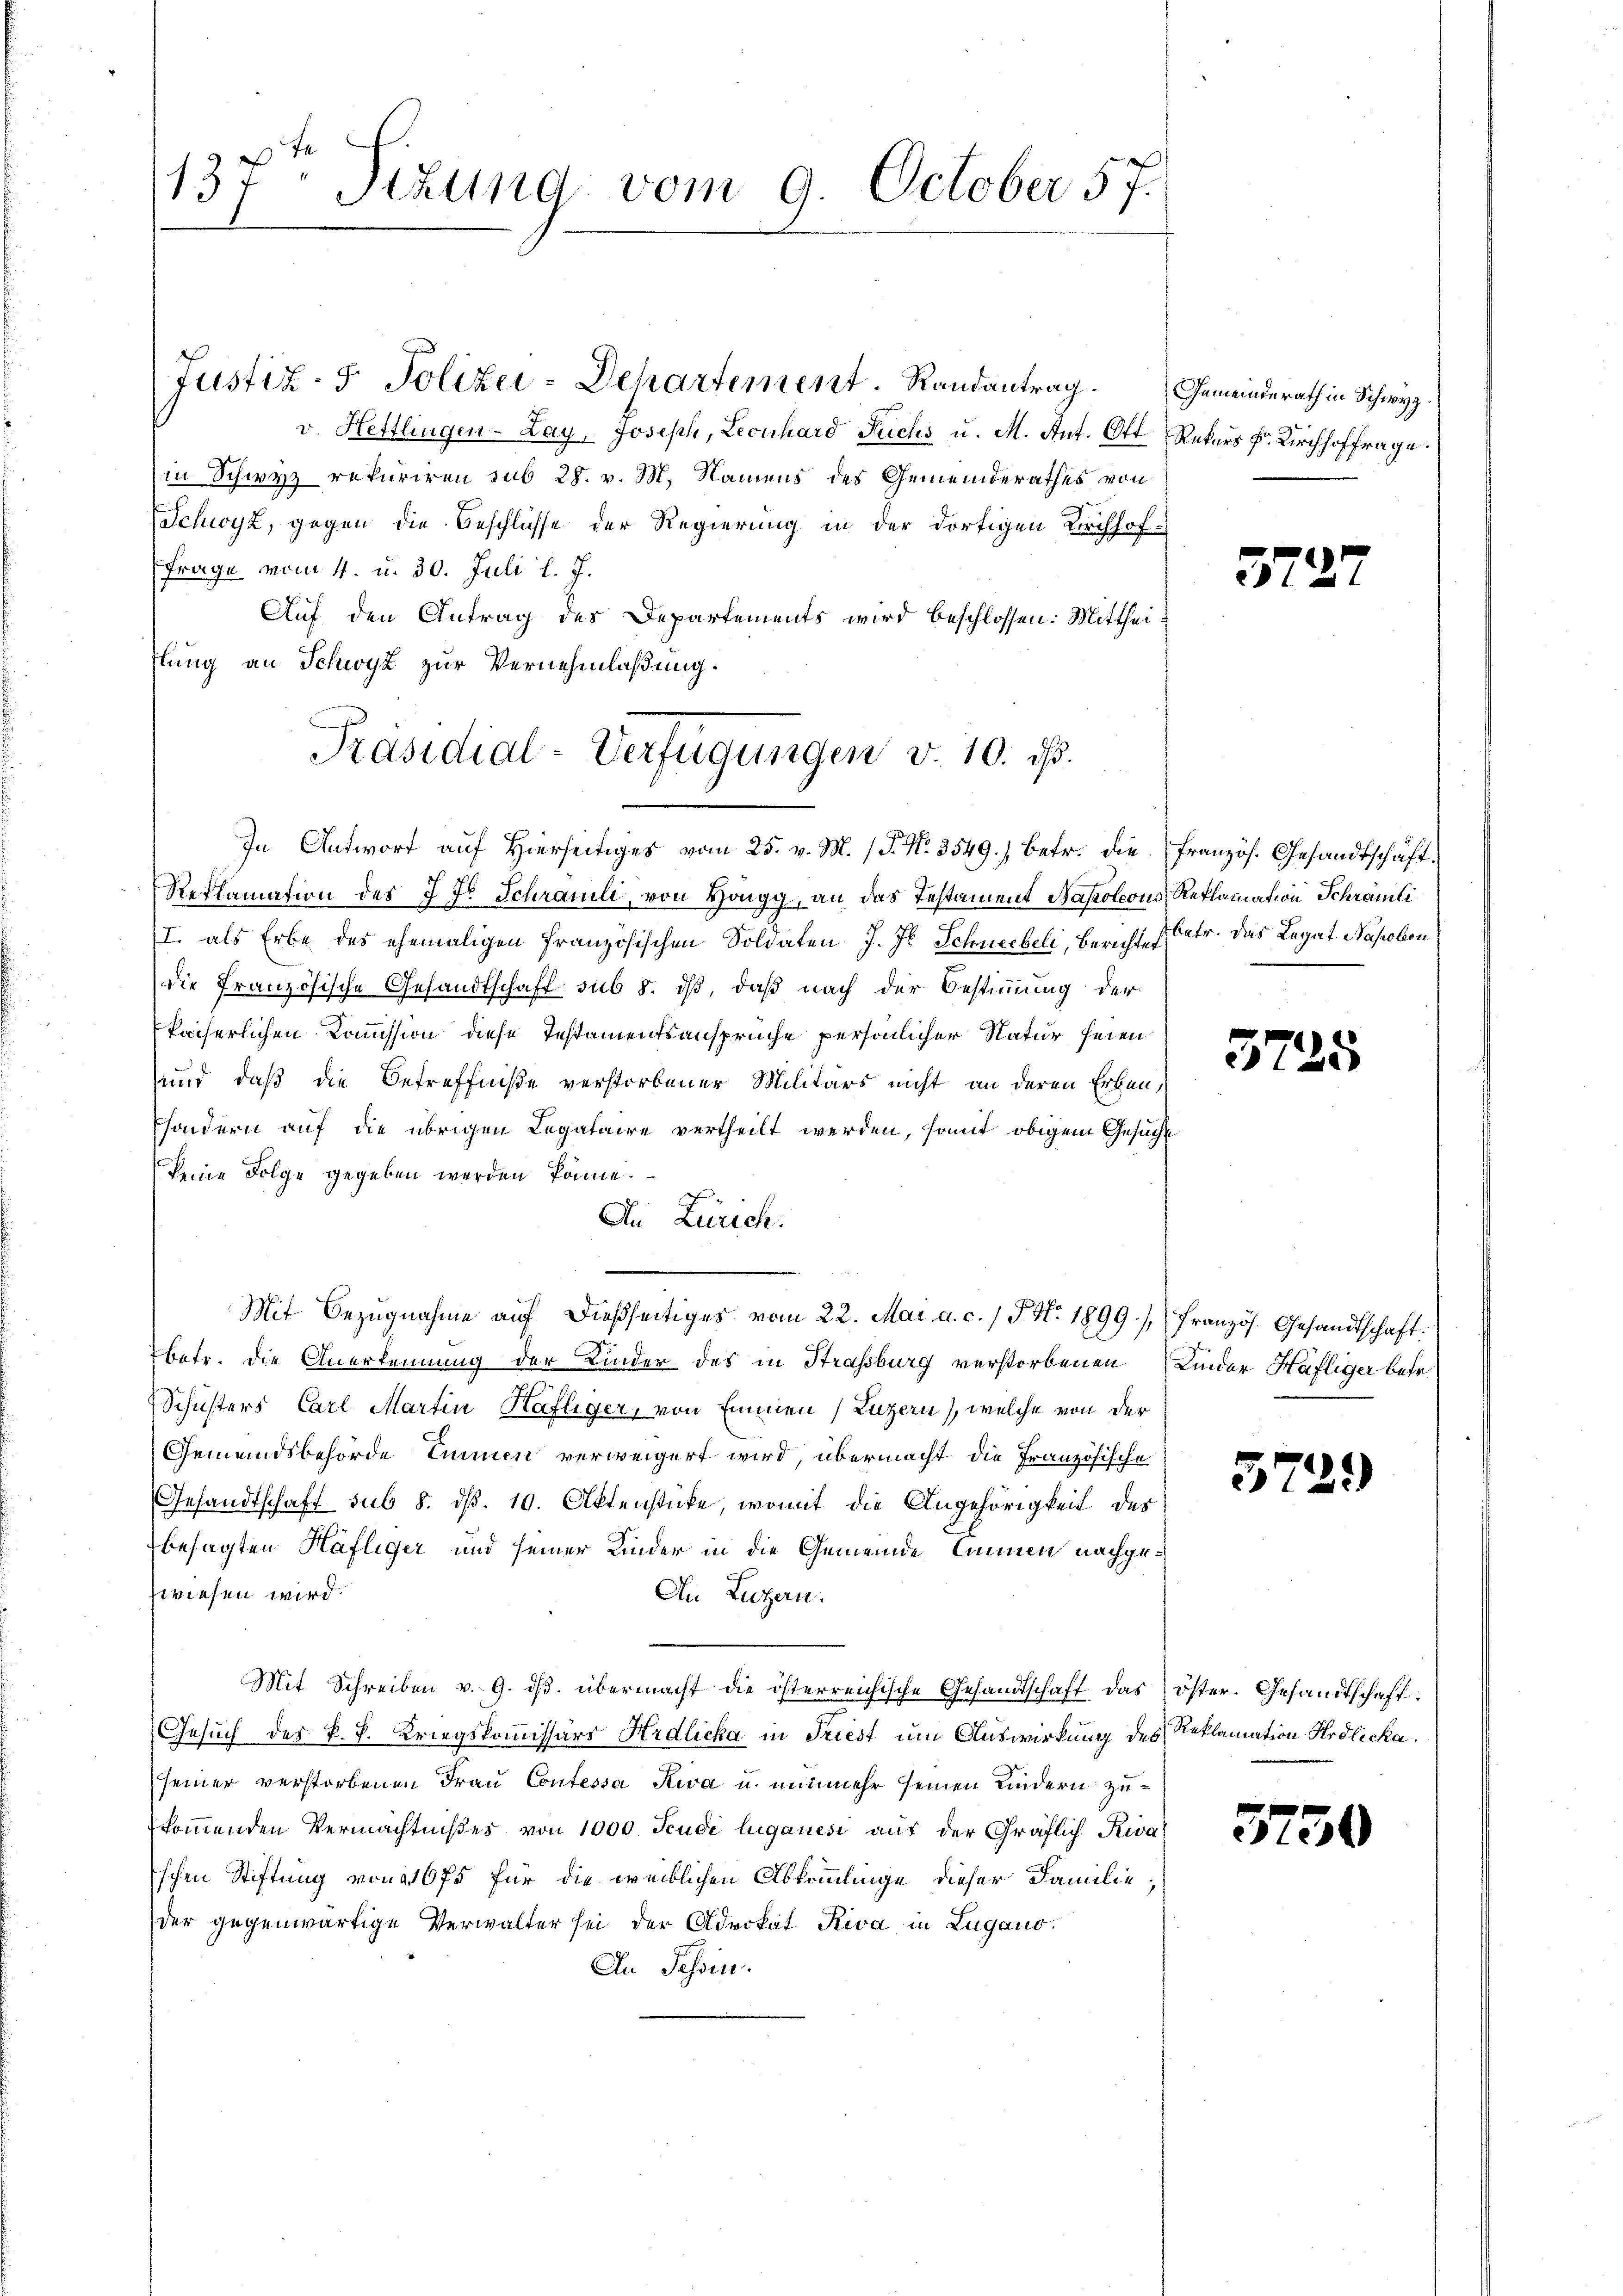
se
137 Sizung vom 9. October 57.

Justiz- & Polizei-Dehartement. Randantrag Gemeinderath in Schwyz.
v. Hettlingen-Lay, Joseph, Leonhard Fuchs u. M. Ant. Ott. Rekurs Fr. Kirchhoffrage.
in Schwyz rekuriren sub 28. v. M. Namens des Gemeinderathes von
Schwyz, gegen die Beschlüsse der Regierung in der dortigen Kirchhof¬
Frage vom 4. u. 30. Juli l. J.
Auf den Antrag des Departements wird beschlossen: Mittheiftung an Schwyz zur Vernehmlaßung.
In Antwort auf hierseitiges vom 25. v. M. P. Nr. 3549.) Betr. die französ. Gesandtschäft.
Reklamation des 7ten Schramili, von Höngg, an das Testament Napoleons, Reklamation Schrämli
(I. als Erbe des ehemaligen Französischen Soldaten J. J. Schneebeli, Bericht Petr. Das Legat Nahobon
die französische Gesandtschaft sub 8. dß, daß nach der Bestimmung der
kaiserlichen Kommission diese Testamentsansprüche persönlicher Natur seien
und, daß die Betreffniße verstorbener Militärs nicht an deren Erben,
sondern auf die übrigen Legataire vertheilt werden, somit obigem Gesucht
keine Folge gegeben werden könne.
In Zürich.
Mit Bezugnahme aŭf dießseitiges vom 22. Mai a. c. / 5. No. 1899.) Französ. Gesandtschaft:
betr. die Anerkennung der Kinder des in Strassburg verstorbenen Kinder Häfliger betr
Schusters Carl Martin Hafliger, von Emmen (Luzern), welche von der
Gemeindsbehörde Einen verweigert wird, übermacht die Französische
Gesandtschaft sub 8. d. 10. Aktenstücke, womit die Angehörigkeit des
besagten Häfliger und seiner Kinder in die Gemeinde Cannen nachgezwiesen wird.
An Luzern.
Mit Schreiben v. 9. dβ. übermacht die österreichische Gesandtschaft das öster. Gesandtschaft.
Gesuch des k. k. Kriegskommissärs Hrdliche in Triest um Auswirkung des Reklamation Ardlicka.
seiner verstorbenen Frau Contessa Kiva u. nunmehr seinen Kindern zukommenden Vermächtnißes von 1000 Feudi luganesi auf der Gräflich Riva
Eschen Stiftung von 1675 für die weiblichen Abkömmlinge dieser Familie;
der gegenwärtige Verwalter sei der Advokat Riva in Lugano.
An Tessin.

Präsidial-Verfügungen v. 10. ds.

57

3725

57

72

)

3750